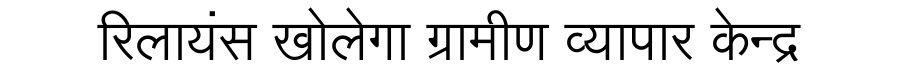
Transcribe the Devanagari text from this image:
रिलायंस खोलेगा ग्रामीण व्यापार केन्द्र